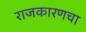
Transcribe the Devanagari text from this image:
राजकारणचा